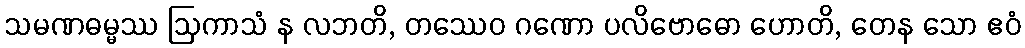
သမဏဓမ္မဿ ဩကာသံ န လဘတိ, တဿေဝ ဂဏော ပလိဗောဓော ဟောတိ, တေန သော ဧဝံ